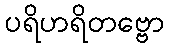
ပရိဟရိတဗ္ဗော